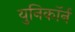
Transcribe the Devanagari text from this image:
युनिकॉर्न